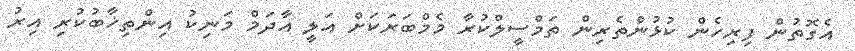
އެގޮތުން ފިރިހެން ކުޅުންތެރިން ތަމްސީލްކުރާ މެމްބަރަކަށް އަލީ އާދަމް މަނިކު އިންތިޚާބުކުރި އިރު